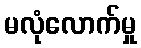
မလုံလောက်မှု